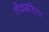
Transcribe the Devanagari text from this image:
तीव्रग्रहिता